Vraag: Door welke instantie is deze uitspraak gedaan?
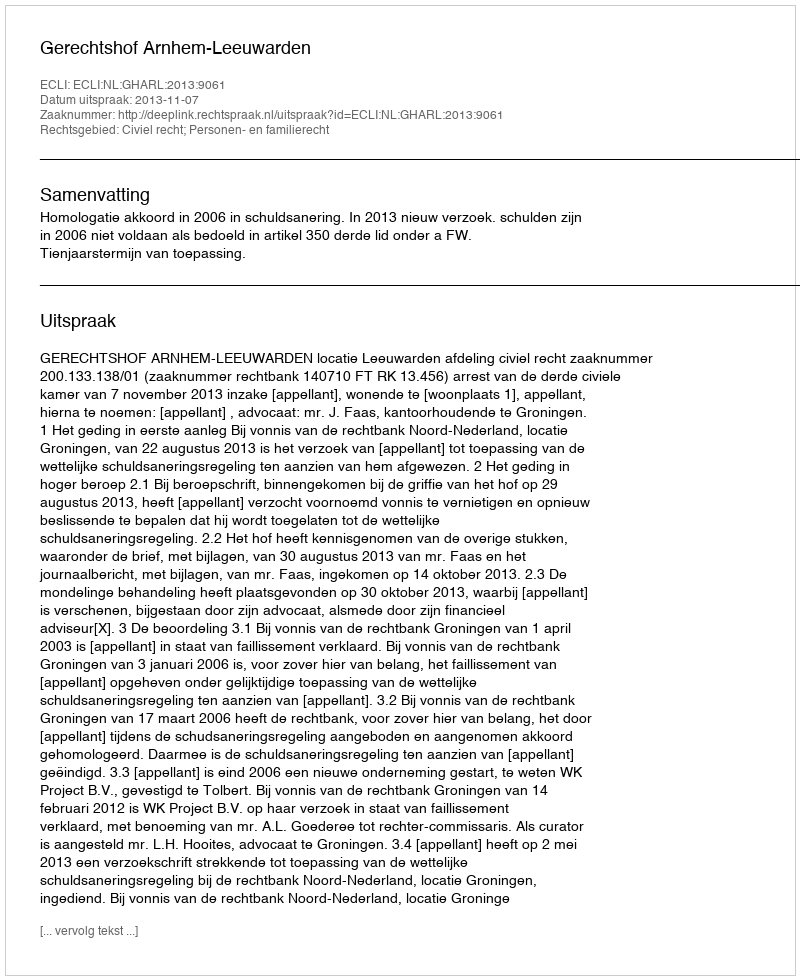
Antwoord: Gerechtshof Arnhem-Leeuwarden